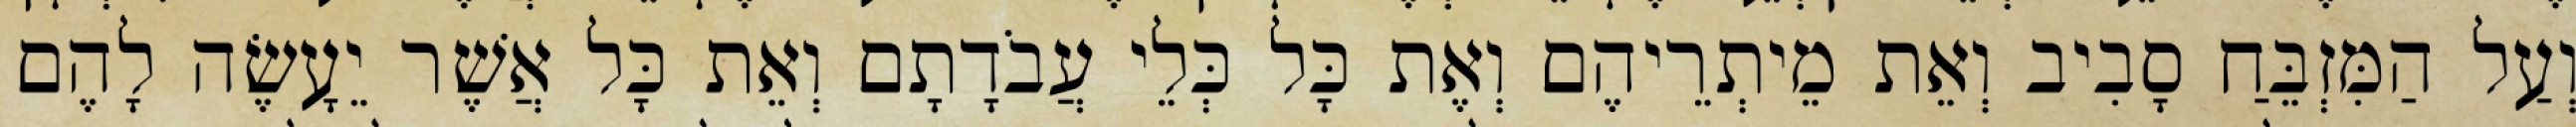
וְעַל הַמִּזְבֵּחַ סָבִיב וְאֵת מֵיתְרֵיהֶם וְאֶת כָּל כְּלֵי עֲבֹדָתָם וְאֵת כָּל אֲשֶׁר יֵעָשֶׂה לָהֶם